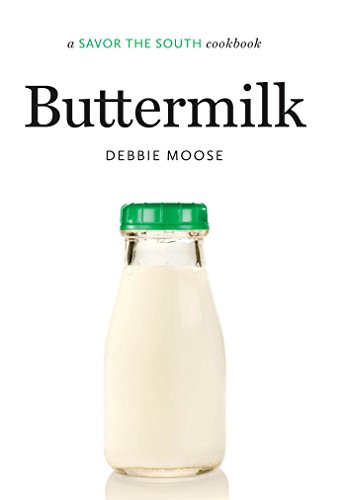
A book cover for Buttermilk: A Savor the South Cookbook; Debbie Moose; Cookbooks, Food & Wine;